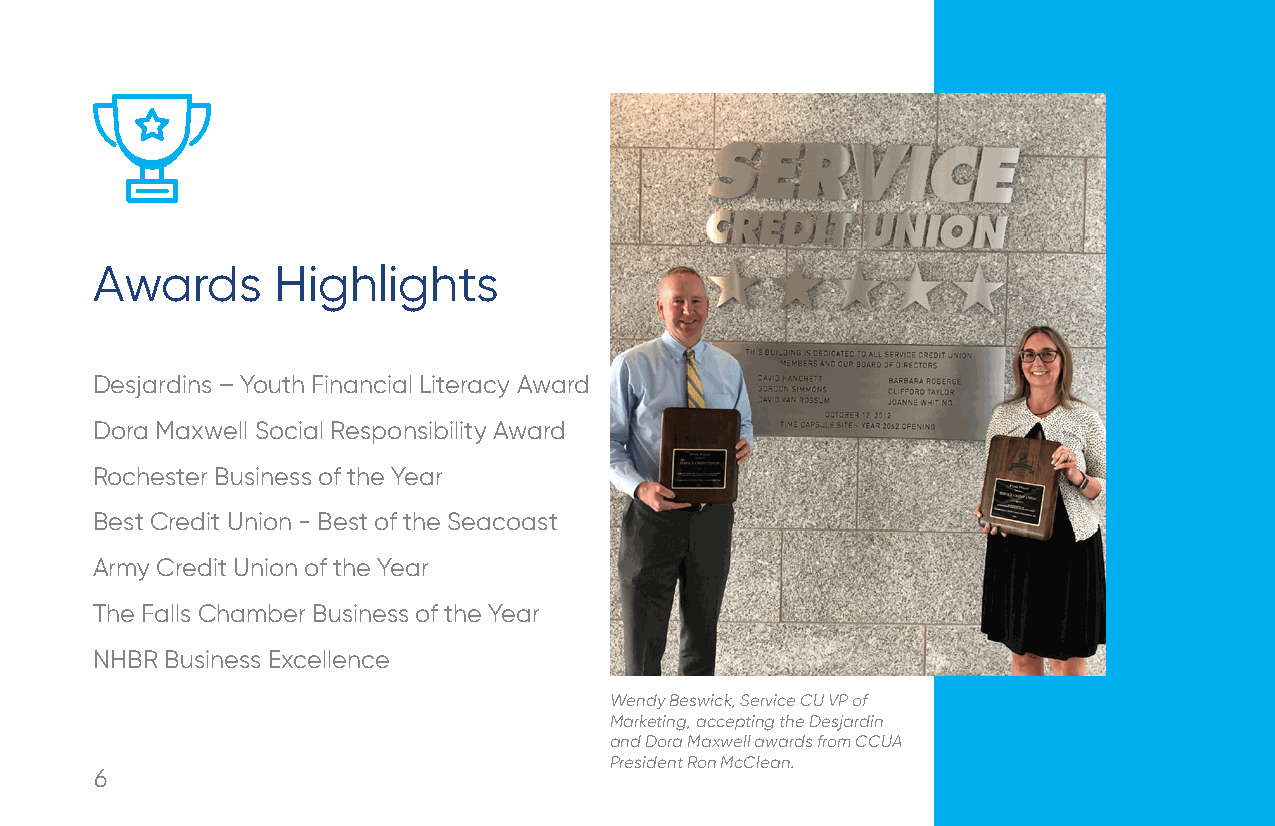
Awards      Highlights
 Desjardins – Youth Financial Literacy Award
 Dora Maxwell Social Responsibility Award
 Rochester Business of the Year
 Best Credit Union - Best of the Seacoast
 Army Credit Union of the Year
 The Falls Chamber Business of the Year
 NHBR Business Excellence
 Wendy Beswick, Service CU VP of
 Marketing, accepting the Desjardin
 and Dora Maxwell awards from CCUA
 President Ron McClean.
 6